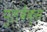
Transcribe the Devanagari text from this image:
पुलबैक्स